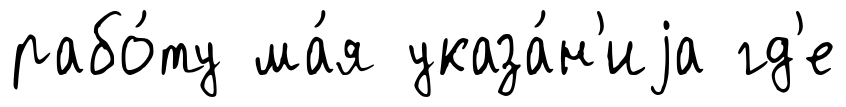
рабо́ту ма́я указа́н'иjа гд'е